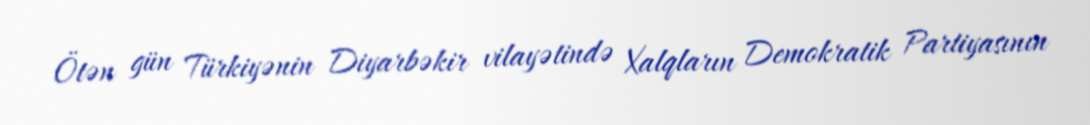
Ötən gün Türkiyənin Diyarbəkir vilayətində Xalqların Demokratik Partiyasının